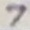
Text: 7